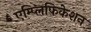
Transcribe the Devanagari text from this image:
एम्प्लिफिकेशन